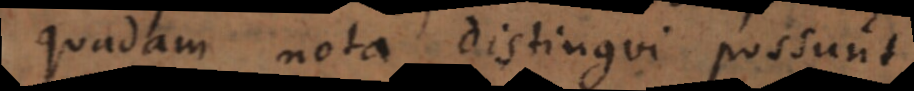
quadam nota distingui possunt